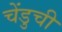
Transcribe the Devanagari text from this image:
चेंडुची